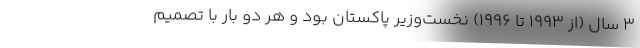
۳ سال (از ۱۹۹۳ تا ۱۹۹۶) نخست‌وزیر پاکستان بود و هر دو بار با تصمیم